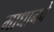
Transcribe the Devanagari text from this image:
माधानचे